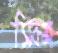
সিকম